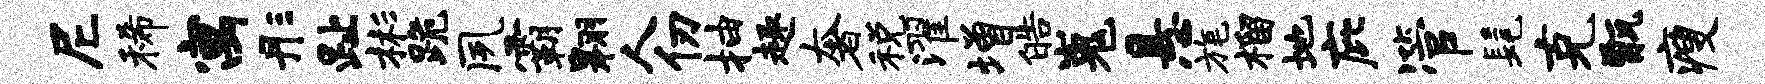
尼稀寓彤趾彬跪夙霸翱人仞抽趣奢税濯增皓嵬悬旄榴地庇管髦克甑瘦